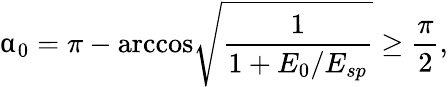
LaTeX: \upalpha_{0}=\pi-\mathrm{arccos}\sqrt{\frac{1}{1+E_{0}/E_{sp}}}\geq\frac{\pi}{2},